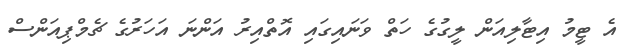
އެ ޓީމު އިޓާލިއަން ލީގުގެ ހަތް ވަނައިގައި އޮތްއިރު އަންނަ އަހަރުގެ ޗެމްޕިއަންސް